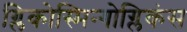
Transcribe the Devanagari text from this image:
ग्लिकोस्मिन्गोग्लिकंस